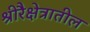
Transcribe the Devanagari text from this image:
श्रीरैक्षेत्रातील